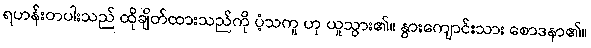
ရဟန်းတပါးသည် ထိုချိတ်ထားသည်ကို ပံ့သကူ ဟု ယူသွား၏။ နွားကျောင်းသား စောဒနာ၏။